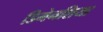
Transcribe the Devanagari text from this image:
डिमेनशिया